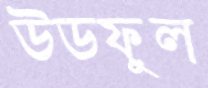
উডফুল